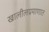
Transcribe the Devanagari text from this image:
खालीलप्रमाणात